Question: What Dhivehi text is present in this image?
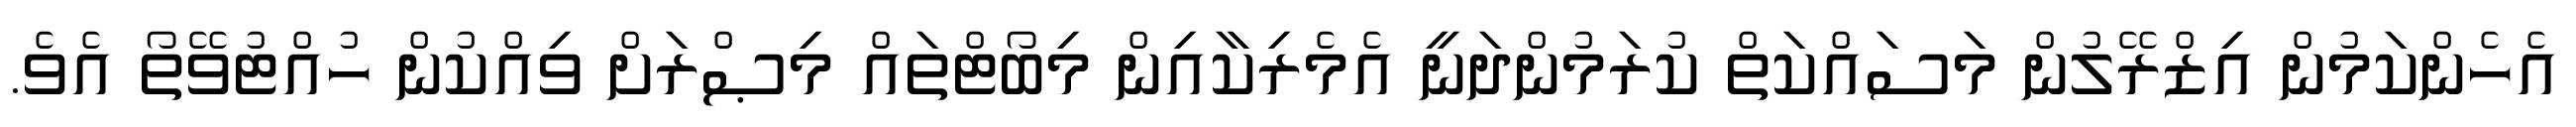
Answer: އެހެންކަމުން އިޒްރޭލުން މަސައްކަތް ކުރަމުންދަނީ އެމެރިކާއިން މިބޯޓްތައް މިޞްރަށް ވިއްކުން ހުއްޓުވޭތޯ އެވެ.